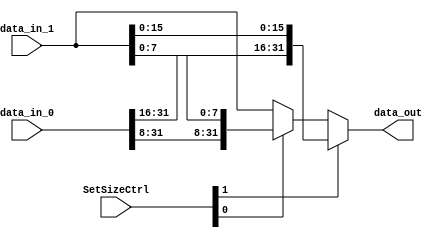
module set_size (
  input  wire [1:0]  SetSizeCtrl,
  input  wire [31:0] data_in_0,  // MDR_out
  input  wire [31:0] data_in_1,  // B_out
  output wire [31:0] data_out
);
  wire [31:0] aux;

  assign aux      = SetSizeCtrl[0] ? {data_in_0[31:8], data_in_1[7:0]}   : data_in_1;

  assign data_out = SetSizeCtrl[1] ? {data_in_0[31:16], data_in_1[15:0]} : aux;

endmodule